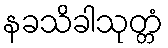
နခသိခါသုတ္တံ